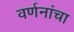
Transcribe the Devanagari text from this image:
वर्णनांचा